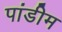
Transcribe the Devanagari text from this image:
पांडीम